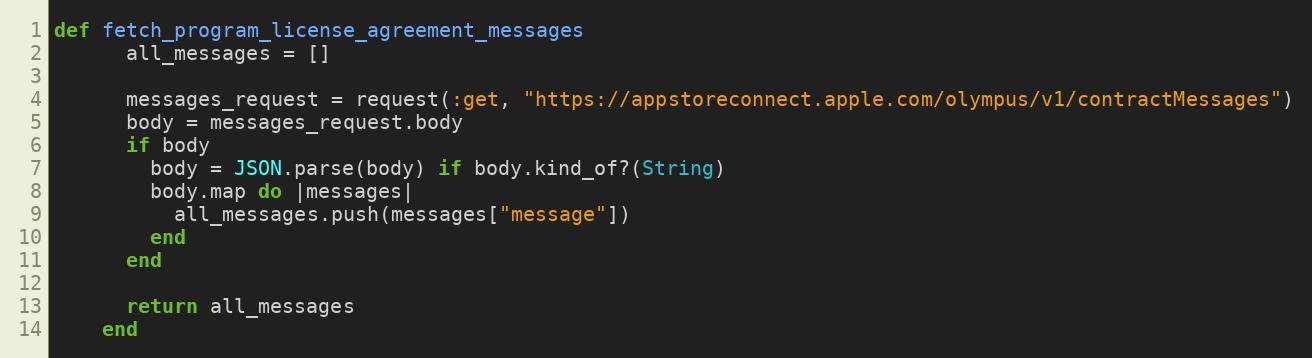
Language: Ruby
def fetch_program_license_agreement_messages
      all_messages = []

      messages_request = request(:get, "https://appstoreconnect.apple.com/olympus/v1/contractMessages")
      body = messages_request.body
      if body
        body = JSON.parse(body) if body.kind_of?(String)
        body.map do |messages|
          all_messages.push(messages["message"])
        end
      end

      return all_messages
    end